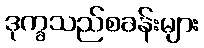
ဒုက္ခသည်စခန်းများ